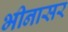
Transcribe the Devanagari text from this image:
भीनासर